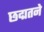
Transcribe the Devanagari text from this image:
छद्मतने